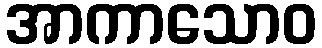
အာကာသောဝ